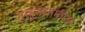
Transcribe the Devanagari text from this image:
हुकुमनाम्यात